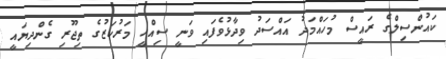
ކައުންސިލްގެ ރައީސް މުހައްމަދު އައްސަދު ވިދާޅުވެފައި ވަނީ ސިއްހީ މަރުކަޒުގެ ތިޖޫރި ގެންދިޔައީ